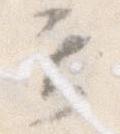
て